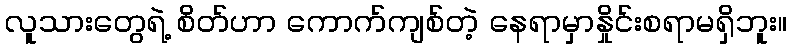
လူသားတွေရဲ့ စိတ်ဟာ ကောက်ကျစ်တဲ့ နေရာမှာနှိုင်းစရာမရှိဘူး။